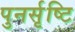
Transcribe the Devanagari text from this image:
पुनर्सृष्टि